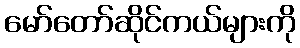
မော်တော်ဆိုင်ကယ်များကို